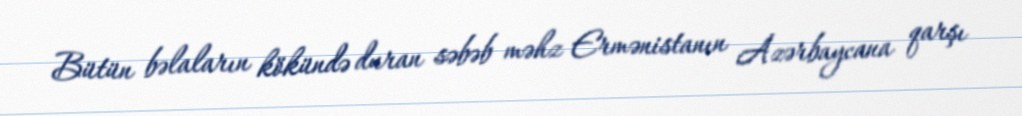
Bütün bəlaların kökündə duran səbəb məhz Ermənistanın Azərbaycana qarşı